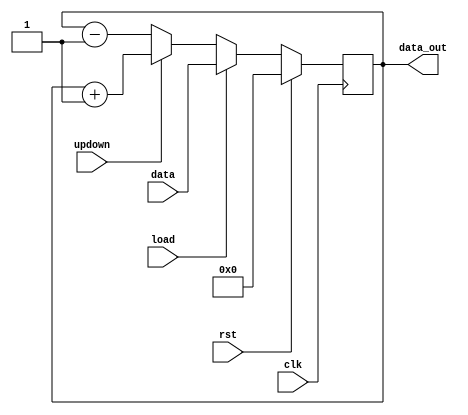
//See LICENSE.vyoma for more details

module up_down_counter(clk, rst, data, updown, load, data_out);
  
  input clk, rst, load;
  input updown;
  input [3:0] data;

  output reg [3:0] data_out;


  always@(posedge clk)
  begin
    if(rst)
      data_out <= 4'b0000;
    else if(load)
      data_out <= data;
    else
      data_out <= ((updown)?(data_out + 1'b1):(data_out -1'b1));
  end

endmodule